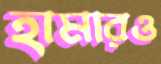
হামারও